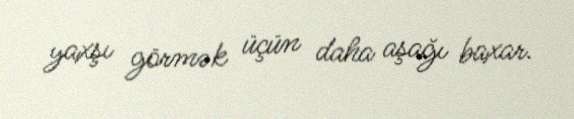
yaxşı görmək üçün daha aşağı baxar.